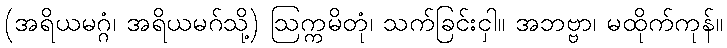
(အရိယမဂ္ဂံ၊ အရိယမဂ်သို့) ဩက္ကမိတုံ၊ သက်ခြင်းငှါ။ အဘဗ္ဗာ၊ မထိုက်ကုန်။